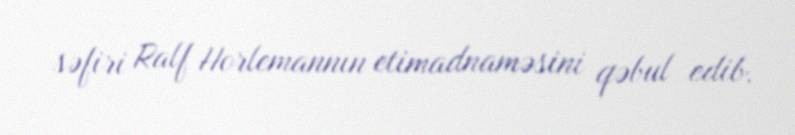
səfiri Ralf Horlemannın etimadnaməsini qəbul edib.